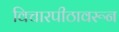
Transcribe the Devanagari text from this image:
विचारपीठावरून